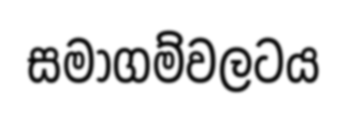
සමාගම්වලටය